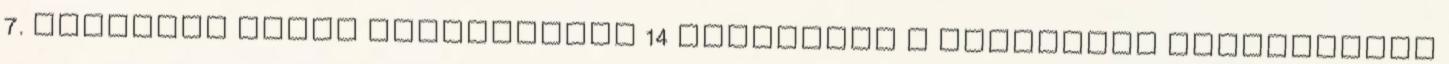
7. Kockázat alapú kiértékelés 14 Elvárások a helyszíni vizsgálatok